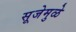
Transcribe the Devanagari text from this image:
सूजेमुळे